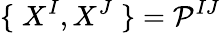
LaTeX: \{ \; X^{I},X^{J}\; \} =\mathcal{P}^{IJ}